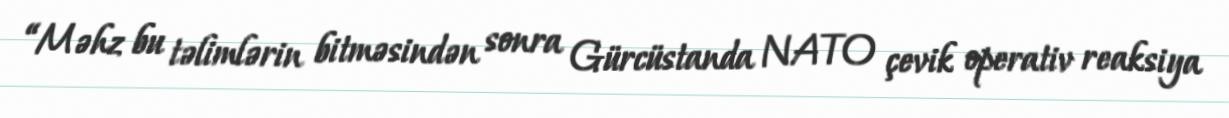
“Məhz bu təlimlərin bitməsindən sonra Gürcüstanda NATO çevik operativ reaksiya